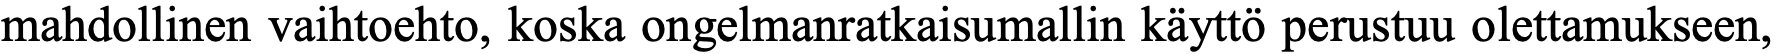
mahdollinen vaihtoehto, koska ongelmanratkaisumallin käyttö perustuu olettamukseen,